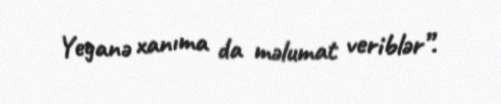
Yeganə xanıma da məlumat veriblər”.